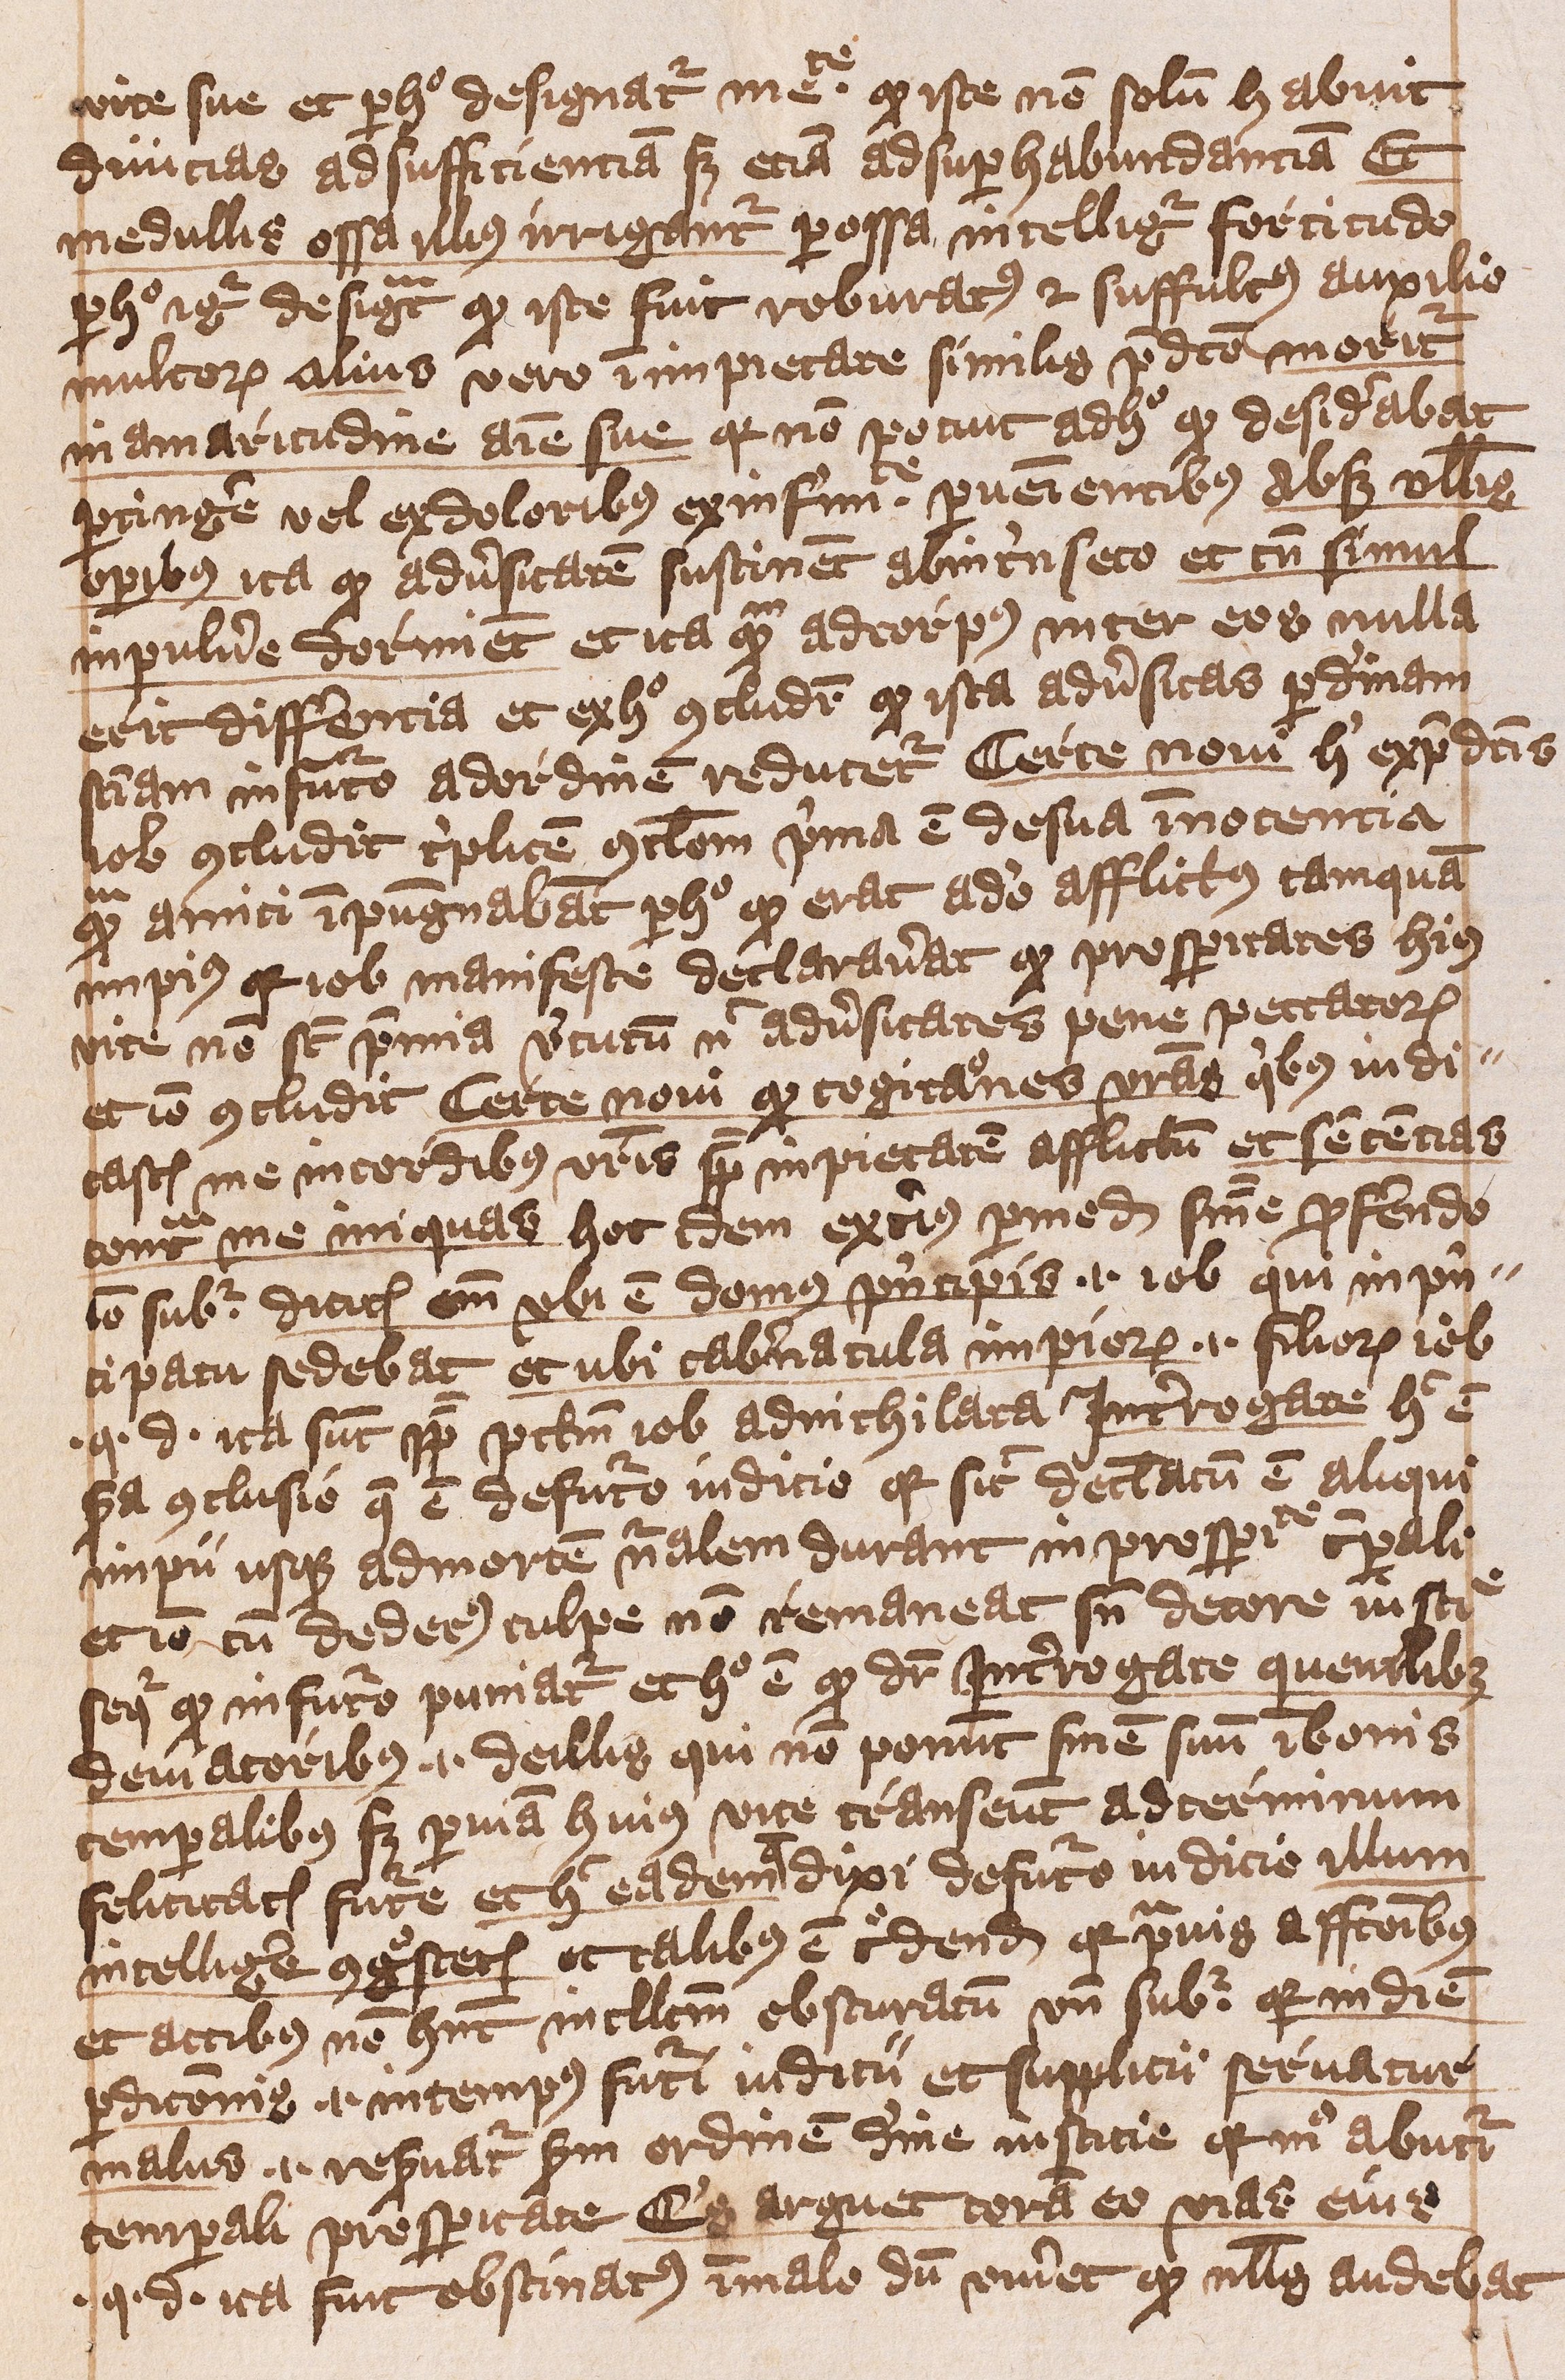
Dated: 1401–1401